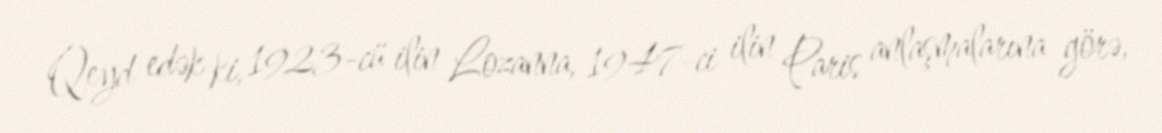
Qeyd edək ki, 1923-cü ilin Lozanna, 1947-ci ilin Paris anlaşmalarına görə,